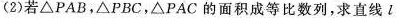
(2)若△PAB，△PBC，△PAC的面积成等比数列，求直线l